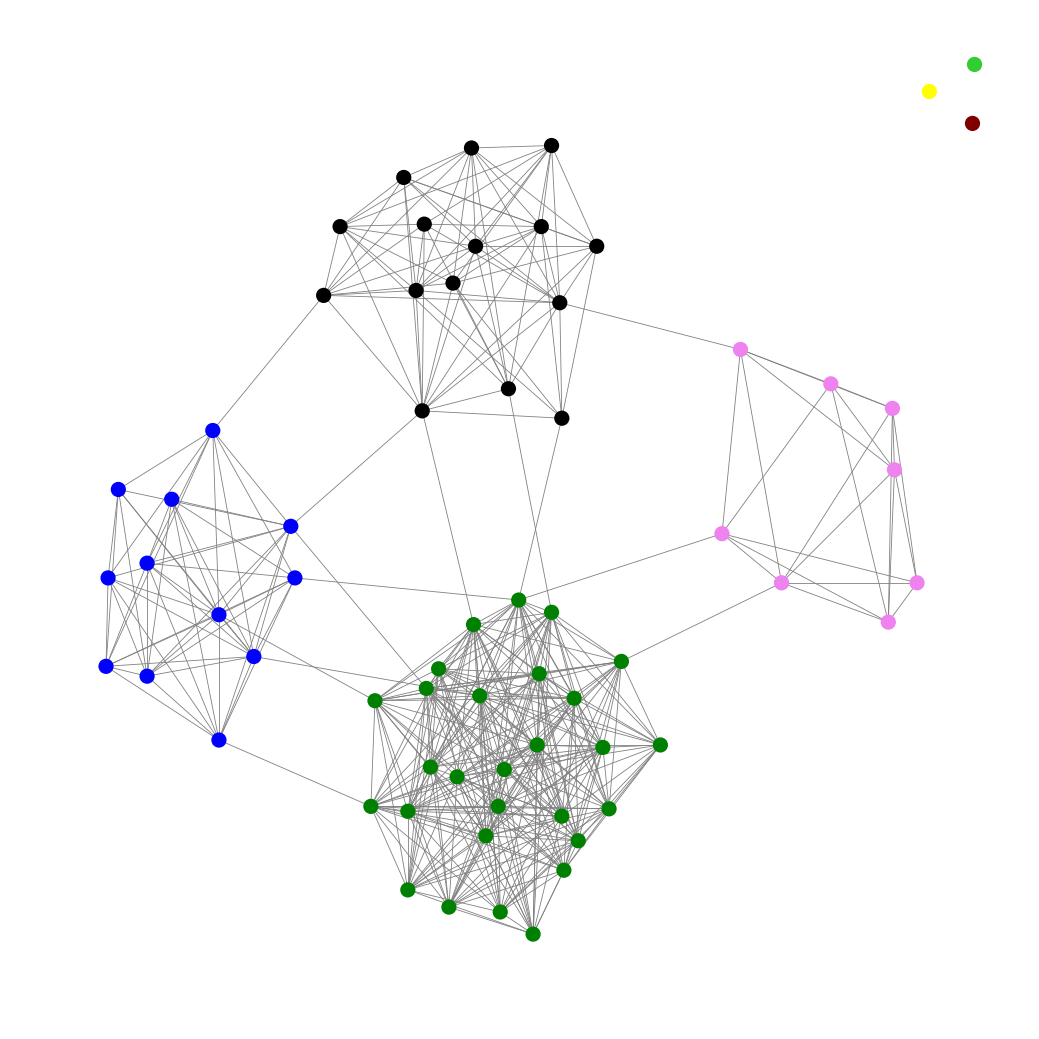
Graph connected: No
Number of connected components: 4
Number of singletons: 3
Total number of nodes: 66
Total number of edges: 432
Number of communities: 7
Community sizes:
Black: 15
Blue: 12
Green: 28
Lime Green: 1
Maroon: 1
Violet: 8
Yellow: 1
Graph layout: tda
Graph generation method: erdos_renyi